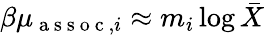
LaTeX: {\beta\mu_{\mathrm{~a~s~s~o~c~},i}\approx m_{i}\log\bar{X}}